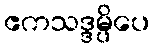
ဧကသဒ္ဒမ္ပိပေ